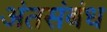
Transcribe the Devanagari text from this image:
अंतसंबंध